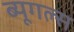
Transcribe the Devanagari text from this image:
ब्यूगल्स